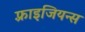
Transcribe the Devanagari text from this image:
फ़्राइजियन्स